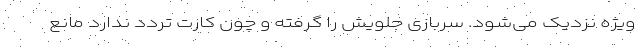
ویژه نزدیک می‌شود. سربازی جلویش را گرفته و چون کارت تردد ندارد مانع